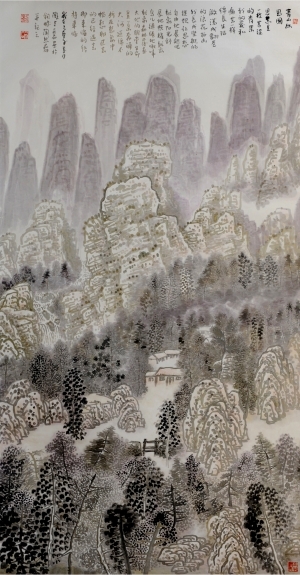
它山之石，可以攻玉。